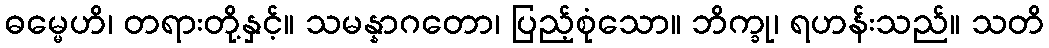
ဓမ္မေဟိ၊ တရားတို့နှင့်။ သမန္နာဂတော၊ ပြည့်စုံသော။ ဘိက္ခု၊ ရဟန်းသည်။ သတိ